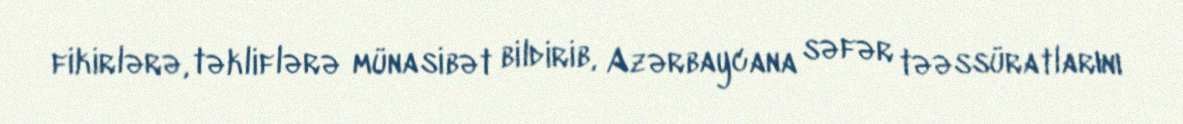
fikirlərə, təkliflərə münasibət bildirib, Azərbaycana səfər təəssüratlarını